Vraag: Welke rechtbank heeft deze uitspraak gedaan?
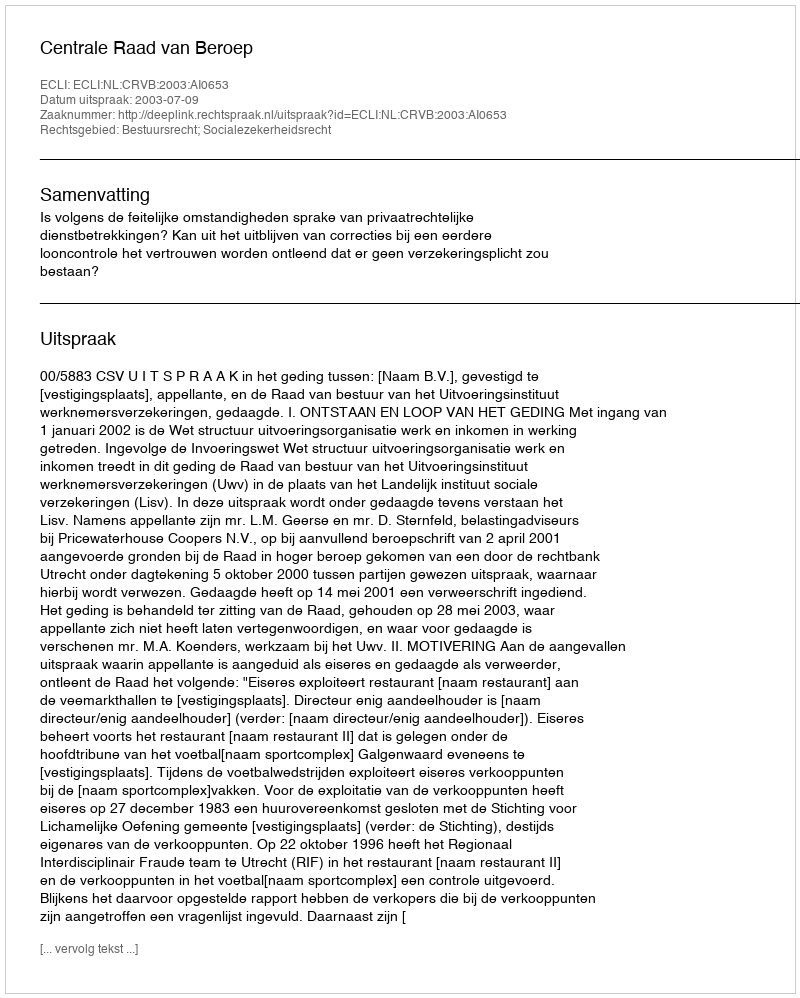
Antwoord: Centrale Raad van Beroep